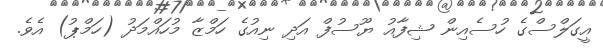
އީގަލްސްގެ ހުސެއިން ޝިފާއު ޔޫސުފް އަދި ނިއުގެ ހަމްޒާ މުހައްމަދު (ހަމްޕު) އެވެ.